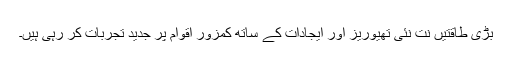
بڑی طاقتیں نت نئی تھیوریز اور ایجادات کے ساتھ کمزور اقوام پر جدید تجربات کر رہی ہیں۔